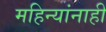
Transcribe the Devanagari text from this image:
महिन्यांनाही